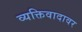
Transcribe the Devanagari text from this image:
व्यक्तिवादावर